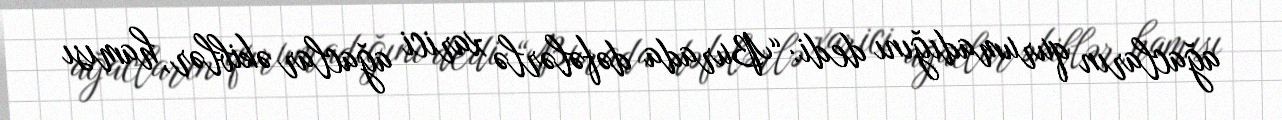
ağacların qurumadığını dedi: “Burada dəfələrlə xarici ağaclar əkiblər, hamısı